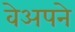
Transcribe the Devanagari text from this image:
वेअपने